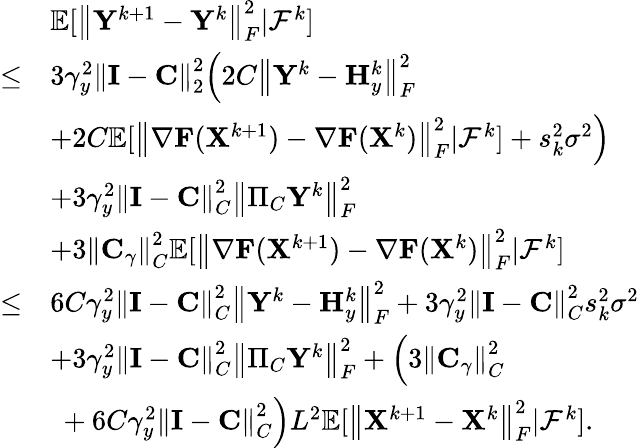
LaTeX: \begin{array}{rl}&{{\mathbb{E}}[\left\| {\mathbf{Y}}^{k+1}-{\mathbf{Y}}^{k}\right\| _{F}^{2}\vert{\mathcal{F}}^{k}]}\\ {\leq}&{3\gamma_{y}^{2}\left\| {\mathbf{I}}-{\mathbf{C}}\right\| _{2}^{2}\Big(2C\left\| {\mathbf{Y}}^{k}-{\mathbf{H}}_{y}^{k}\right\| _{F}^{2}}\\ &{+2C{\mathbb{E}}[\left\| \nabla{\mathbf{F}}({\mathbf{X}}^{k+1})-\nabla{\mathbf{F}}({\mathbf{X}}^{k})\right\| _{F}^{2}\vert{\mathcal{F}}^{k}]+s_{k}^{2}\sigma^{2}\Big)}\\ &{+3\gamma_{y}^{2}\left\| {\mathbf{I}}-{\mathbf{C}}\right\| _{C}^{2}\left\| \Pi_{C}{\mathbf{Y}}^{k}\right\| _{F}^{2}}\\ &{+3\left\| {\mathbf{C}}_{\gamma}\right\| _{C}^{2}{\mathbb{E}}[\left\| \nabla{\mathbf{F}}({\mathbf{X}}^{k+1})-\nabla{\mathbf{F}}({\mathbf{X}}^{k})\right\| _{F}^{2}\vert{\mathcal{F}}^{k}]}\\ {\leq}&{6C\gamma_{y}^{2}\left\| {\mathbf{I}}-{\mathbf{C}}\right\| _{C}^{2}\left\| {\mathbf{Y}}^{k}-{\mathbf{H}}_{y}^{k}\right\| _{F}^{2}+3\gamma_{y}^{2}\left\| {\mathbf{I}}-{\mathbf{C}}\right\| _{C}^{2}s_{k}^{2}\sigma^{2}}\\ &{+3\gamma_{y}^{2}\left\| {\mathbf{I}}-{\mathbf{C}}\right\| _{C}^{2}\left\| \Pi_{C}{\mathbf{Y}}^{k}\right\| _{F}^{2}+\Big(3\left\| {\mathbf{C}}_{\gamma}\right\| _{C}^{2}}\\ &{~+6C\gamma_{y}^{2}\left\| {\mathbf{I}}-{\mathbf{C}}\right\| _{C}^{2}\Big)L^{2}{\mathbb{E}}[\left\| {\mathbf{X}}^{k+1}-{\mathbf{X}}^{k}\right\| _{F}^{2}\vert{\mathcal{F}}^{k}].}\end{array}